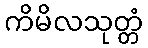
ကိမိလသုတ္တံ